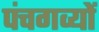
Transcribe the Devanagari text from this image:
पंचगव्यों